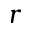
r